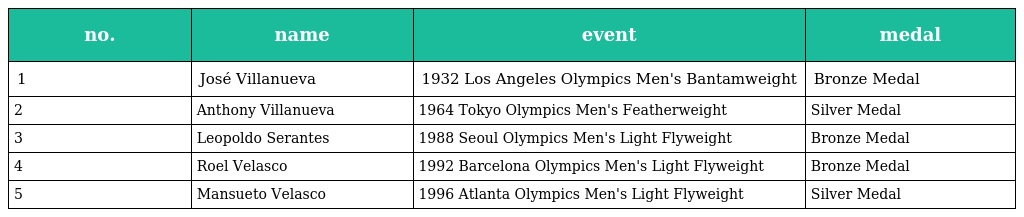
| no. | name | event | medal |
 | --- | --- | --- | --- |
 | 1 | José Villanueva | 1932 Los Angeles Olympics Men's Bantamweight | Bronze Medal |
 | 2 | Anthony Villanueva | 1964 Tokyo Olympics Men's Featherweight | Silver Medal |
 | 3 | Leopoldo Serantes | 1988 Seoul Olympics Men's Light Flyweight | Bronze Medal |
 | 4 | Roel Velasco | 1992 Barcelona Olympics Men's Light Flyweight | Bronze Medal |
 | 5 | Mansueto Velasco | 1996 Atlanta Olympics Men's Light Flyweight | Silver Medal |